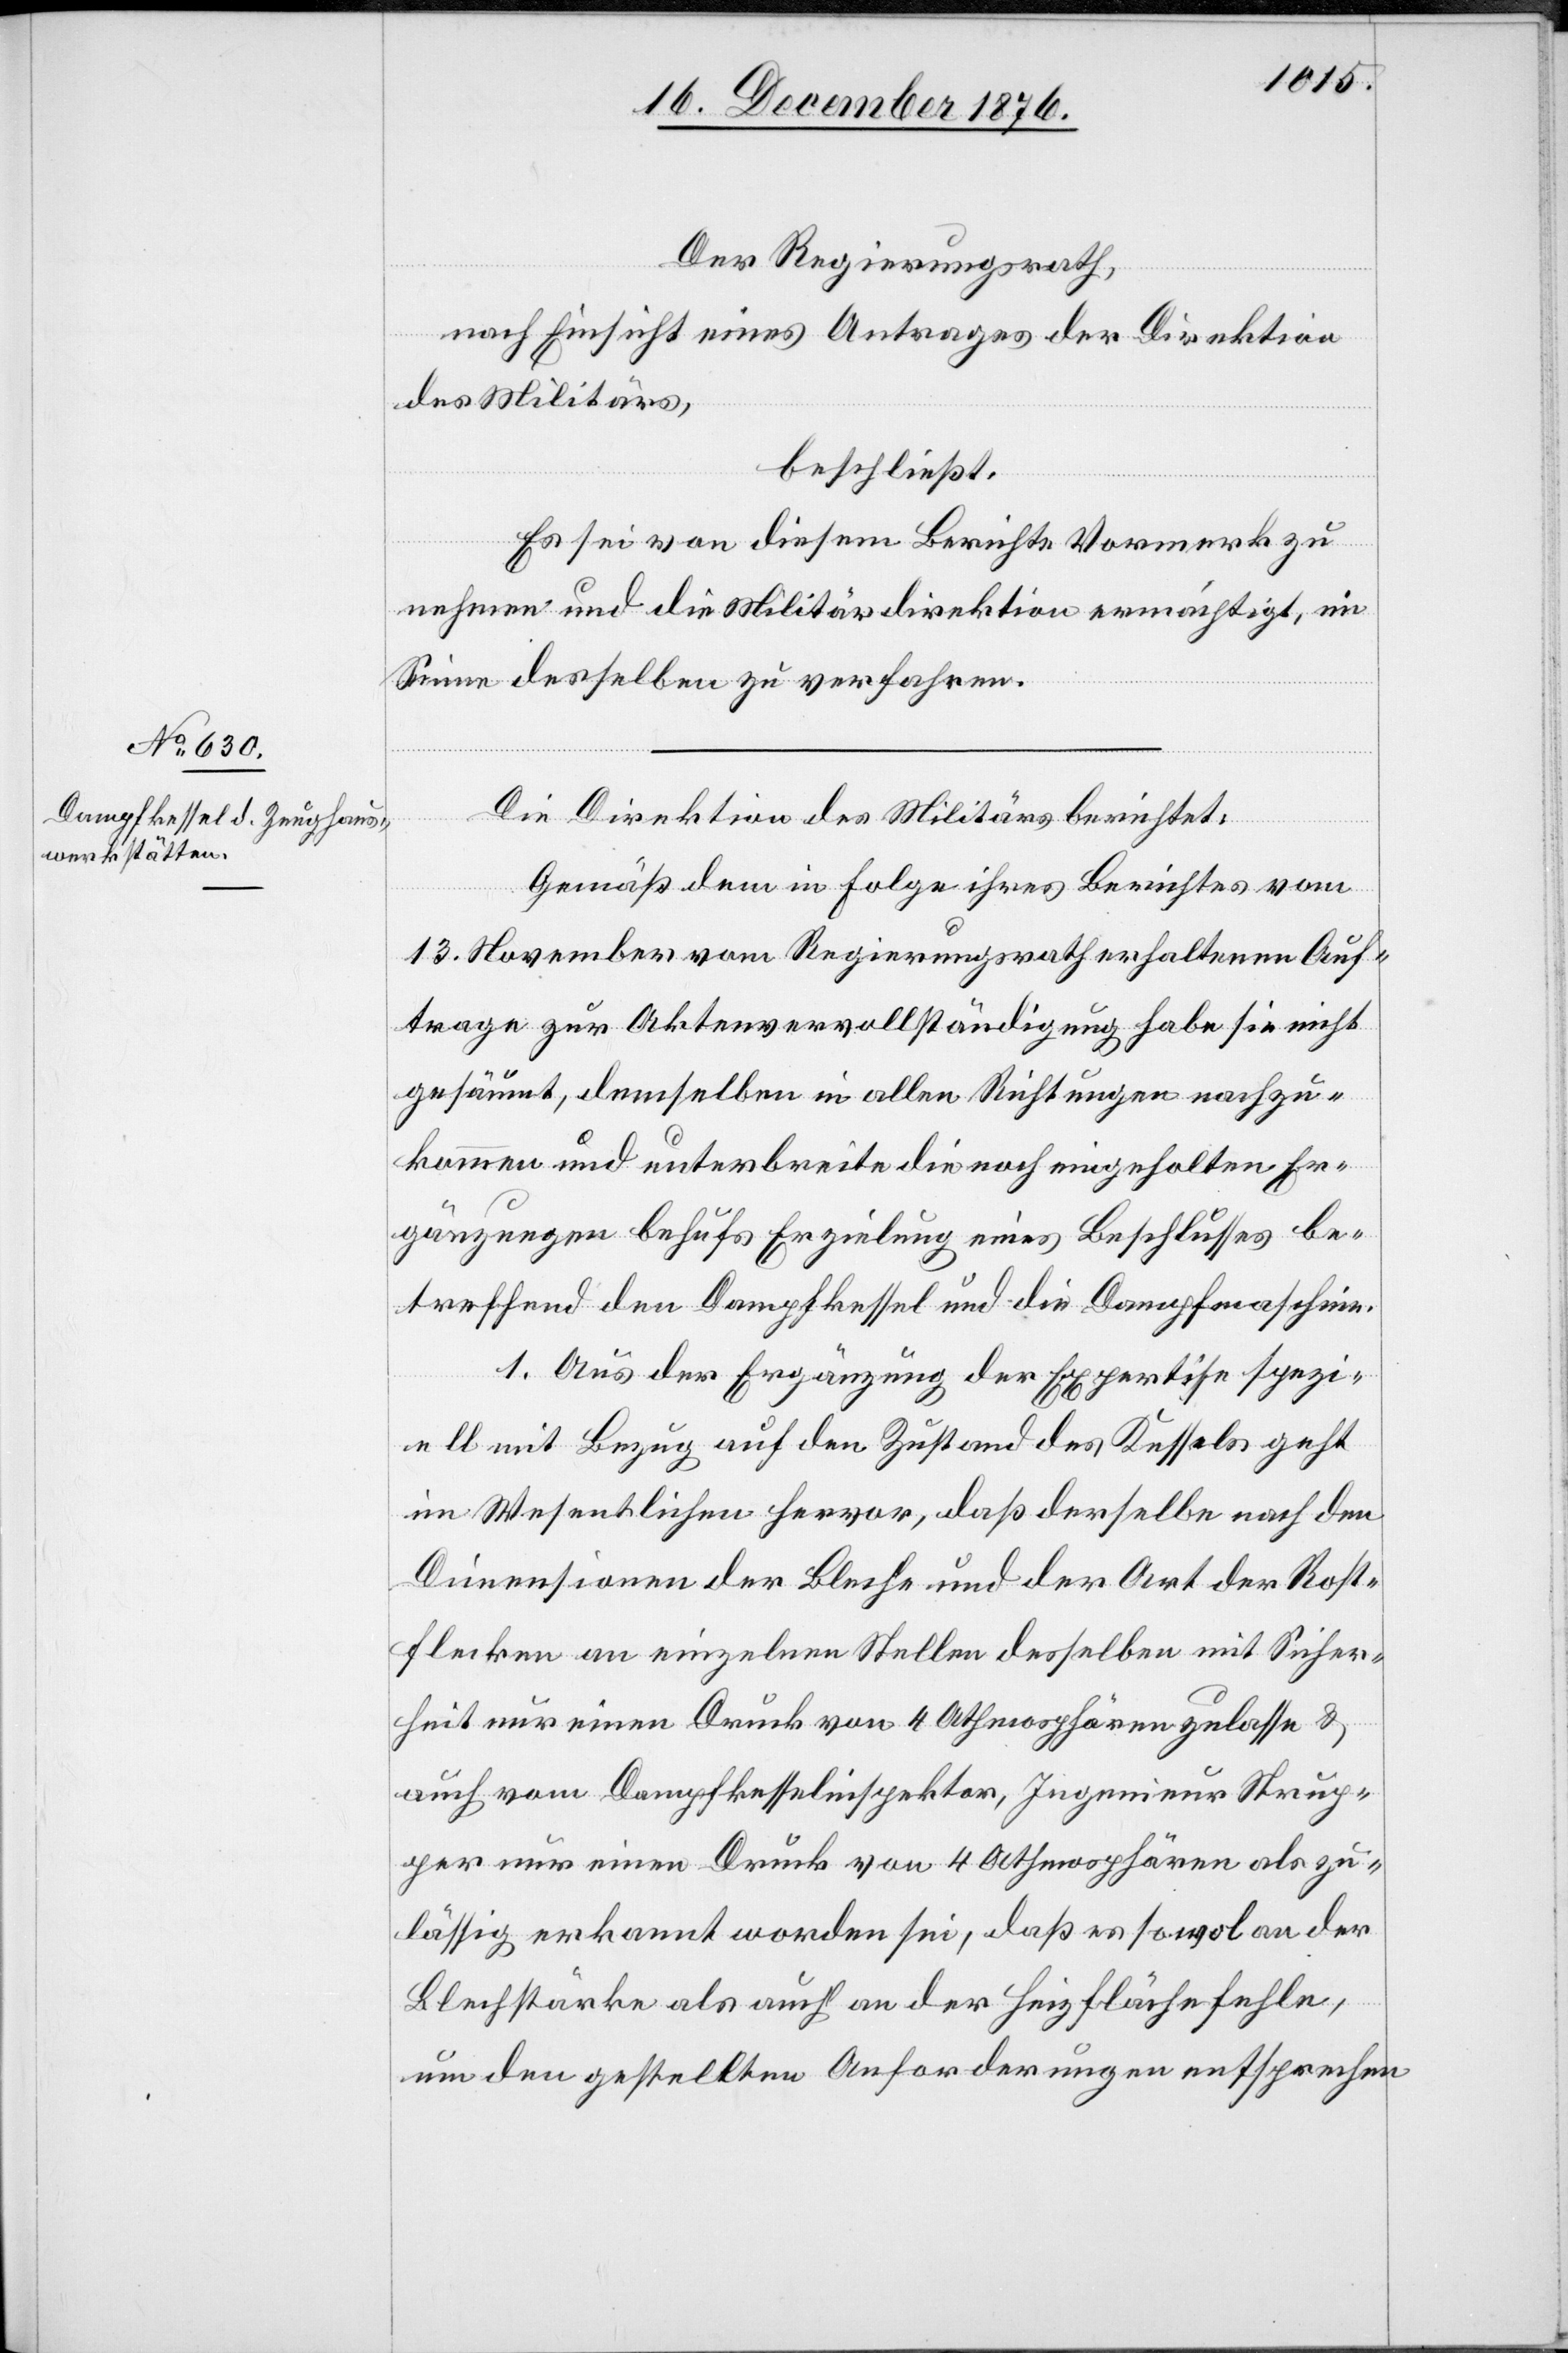
Der Regierungsrath,
nach Einsicht eines Antrages der Direktion
des Militärs,
beschließt:
Es sei von diesem Berichte Vormerk zu
nehmen und die Militärdirektion ermächtigt, im
Sinne desselben zu verfahren.
Die Direktion des Militärs berichtet:
Gemäß dem in Folge ihres Berichtes vom
13. November vom Regierungsrath erhaltenen Auf¬
trage zur Aktenvervollständigung habe sie nicht
gesäumt, demselben in allen Richtungen nachzu¬
kommen und unterbreite die noch eingeholten Er¬
gänzungen behufs Erzielung eines Beschlusses be¬
treffend den Dampfkessel und die Dampfmaschine.
1. Aus der Ergänzung der Expertise spezi¬
ell mit Bezug auf den Zustand des Kessels geht
im Wesentlichen hervor, daß derselbe nach den
Dimensionen der Blache und der Art der Rost¬
flecken an einzelnen Stellen desselben mit Sicher¬
heit nur einen Druck von 4 Athmosphären & auch
Strupper nur einen Druck von 4 Athmosphären als zu¬
lässig erkannt worden sei, daß es sowol an der
Blechstärke als auch an der Heizfläche fehle,
um den gestellten Anforderungen entsprechen